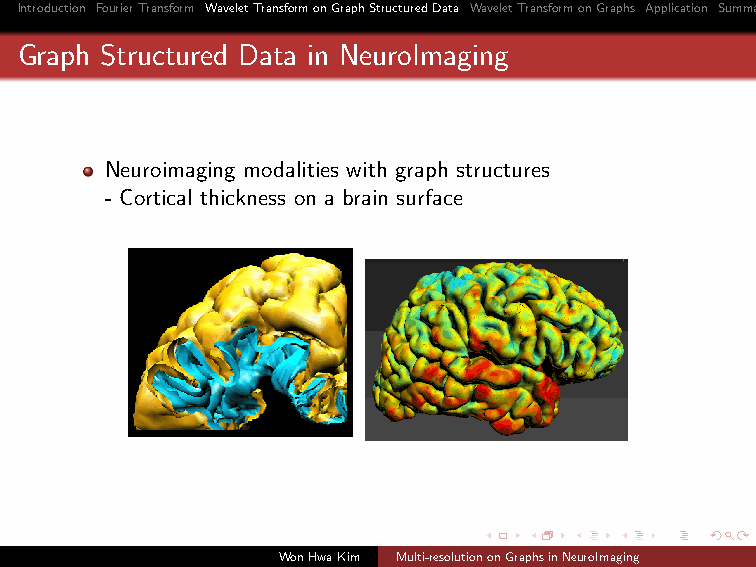
Introduction FourierTransform WaveletTransformonGraphStructuredData WaveletTransformonGraphs Application Summary
 Graph Structured Data in NeuroImaging
 Neuroimaging modalities with graph structures
 - Cortical thickness on a brain surface
 WonHwaKim Multi-resolutiononGraphsinNeuroImaging